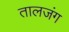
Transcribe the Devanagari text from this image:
तालजंग